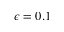
\epsilon = 0 . 1